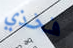
فخذي